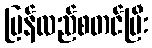
ပြန်လည်စတင်ပြီး